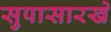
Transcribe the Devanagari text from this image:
सुपासारखे